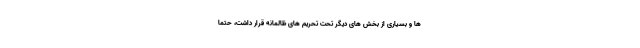
ها و بسیاری از بخش های دیگر تحت تحریم های ظالمانه قرار داشت، حتماً